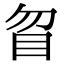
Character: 䀜